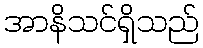
အာနိသင်ရှိသည်